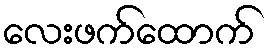
လေးဖက်ထောက်